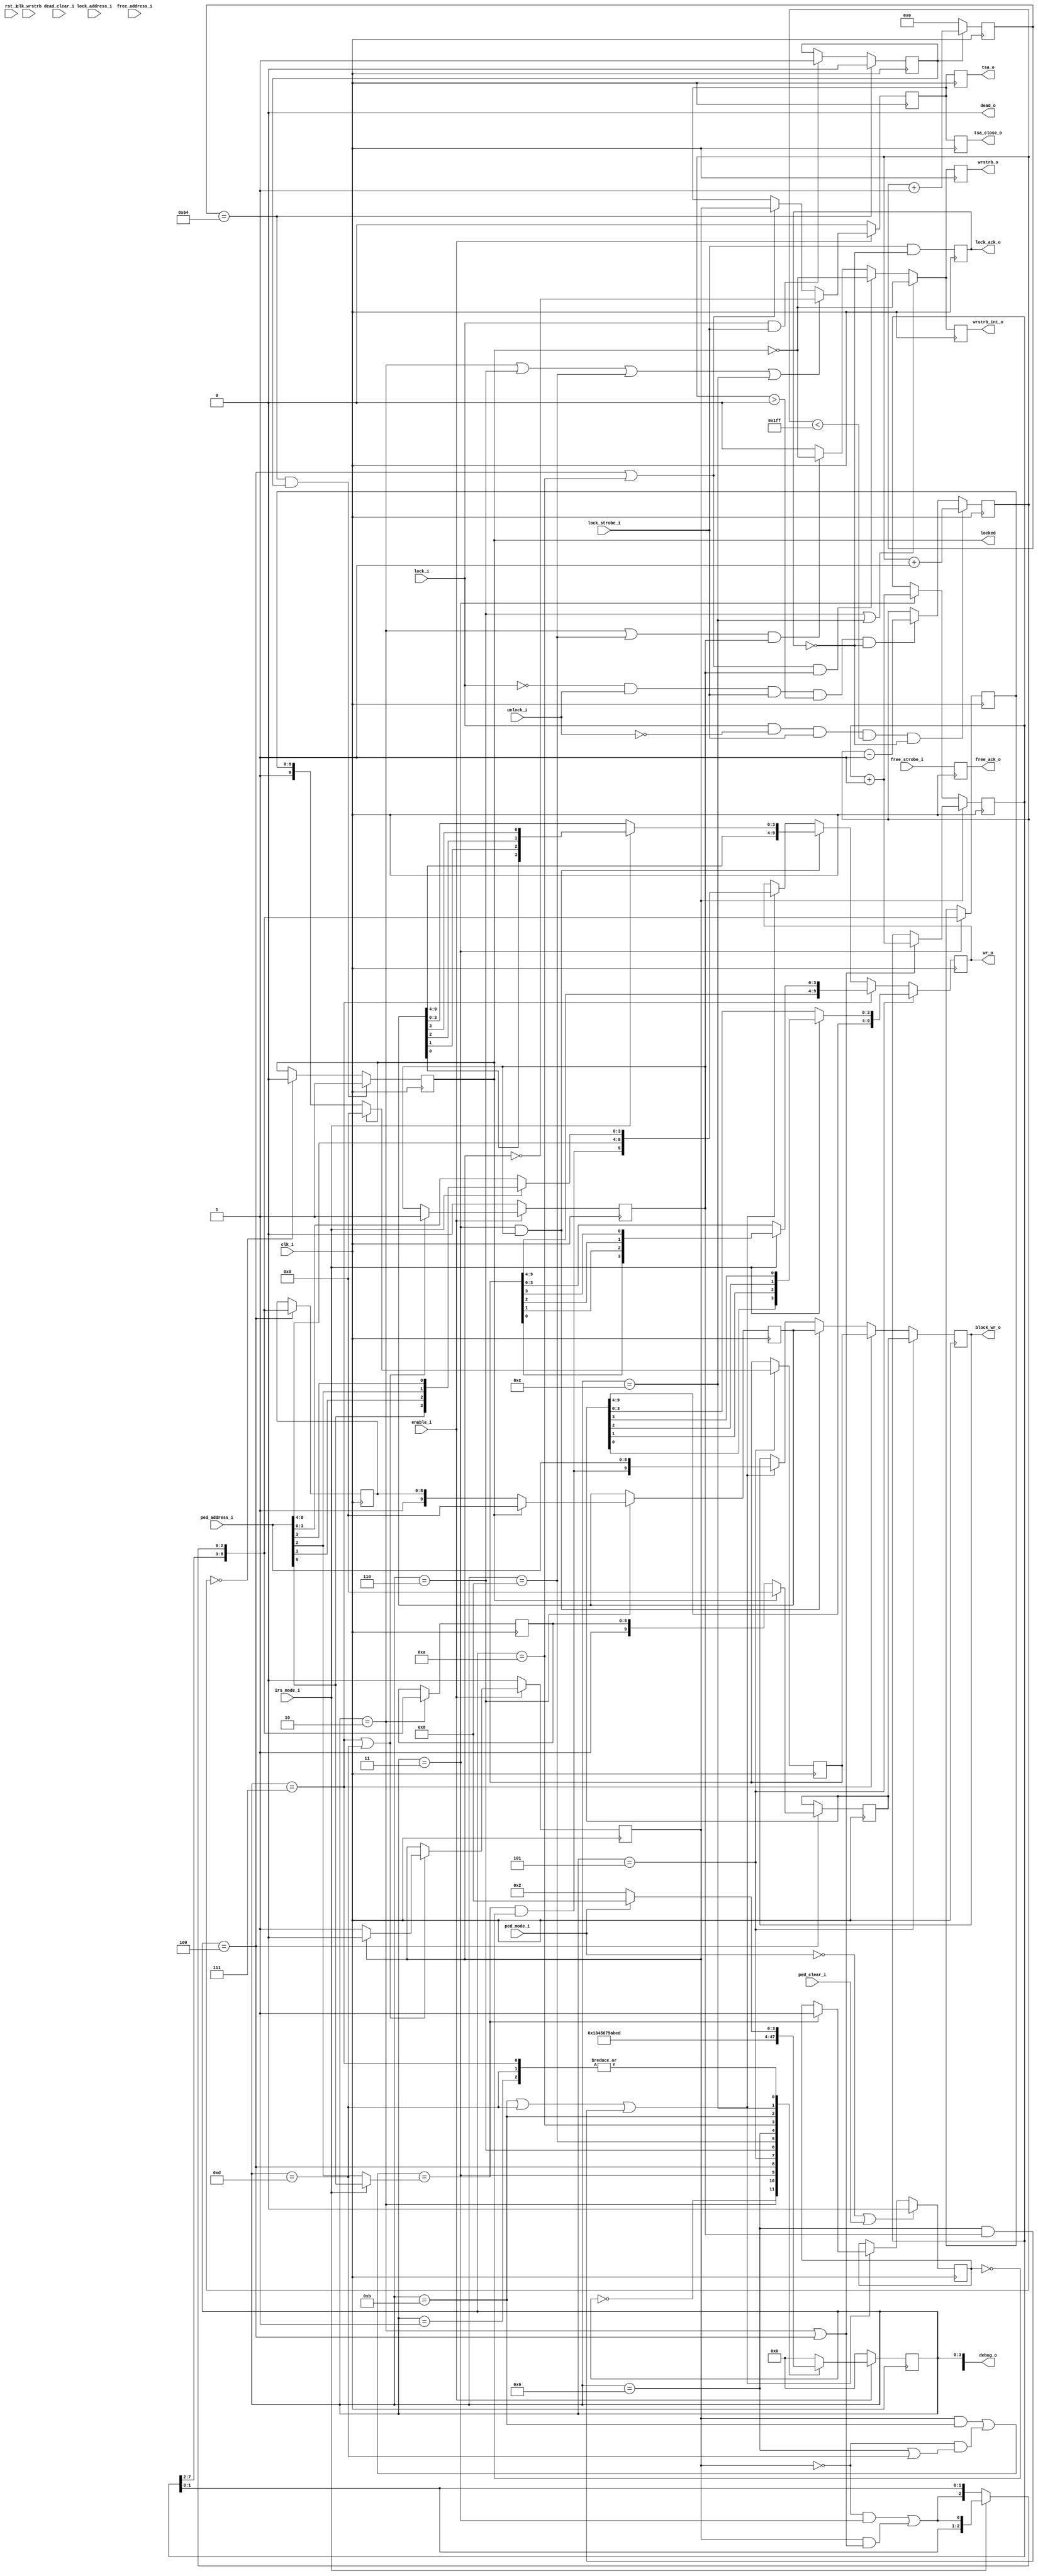
`timescale 1ns / 1ps
//////////////////////////////////////////////////////////////////////////////////
// Dummy block manager. If irs_statistics has the max block lock count to 1,
// this should work fine as a block manager, I think.
//////////////////////////////////////////////////////////////////////////////////
module irs_simple_block_manager(
		// System clock. Should be 4X intended TSA speed (2X intended block write speed)
		input clk_i,
		// Reset.
		input rst_i,
		// wrstrb clock - phase delayed and possibly DC !=50% in a controlled way
		input clk_wrstrb,
		// IRS2 write interface.
		output tsa_o,
		output tsa_close_o,
		// This is the actual block output.
		output [9:0] block_wr_o,
		// These are the actual WR outputs.
		output [9:0] wr_o,
		output wrstrb_o,
		output wrstrb_int_o, //synchronized with clk_i
		// Block locking interface.
		input [8:0] lock_address_i,
		input lock_i,
		input unlock_i, //LM added so that we can take into account
							 //lock and unlock at the same time - note that with a real
							 //manager that physically frees the block there is leakage!
		input lock_strobe_i,
		output lock_ack_o,
		// Block freeing interface.
		input [8:0] free_address_i,
		input free_strobe_i,
		output free_ack_o,
		// IRS2 has at least one dead block. 
		output dead_o,
		// clear dead status
		input dead_clear_i,
		// Enable the block manager.
		input enable_i,
		// Pedestal mode
		input ped_mode_i,
		input [8:0] ped_address_i,
		input ped_clear_i,

		// Sense for DDArD routing or DDArA-C routing
		input irs_mode_i,
		
		output locked,
		output [47:0] debug_o
    );

	//% Registered WR output.
	(* IOB = "TRUE" *)
	reg [9:0] wr = {10{1'b0}};
	//% Block output registers. No DDArD swizzling.
	reg [9:0] block_wr = {10{1'b0}};
	
	//% If 1, we have taken one trip through the state machine. If 0, this is the first time.
	reg first_pass_complete = 0;
	//% Enable for TSA.
	reg tsa_enable = 0;
	//% Registered TSA output.
	(* IOB = "TRUE" *)
	reg tsa = 0;
	//% Registered TSA close output.
	(* IOB = "TRUE" *)
	reg tsa_close = 0;
	//% Registered write strobe output.
	(* IOB = "TRUE" *)
	reg wrstrb = 0;
	reg wrstrb_int = 0;
	//% Temporary block storage
	reg [8:0] tmp_1 = {9{1'b0}};
	//% Temporary block storage
	reg [8:0] tmp_2 = {9{1'b0}};
	//% Temporary block storage
	reg [8:0] tmp_3 = {9{1'b0}};

	//% Simple address counter.
	reg [7:0] address_counter = {8{1'b0}};
	//% Holds the number of clock cycles we're waiting for after a lock request.
	reg [7:0] lock_wait_counter = {8{1'b0}};

	// Buffer is going to lock when we hit LOCK_WAIT_CYCLES
	reg locking_buffer = 0;
	// Buffer is locked
	reg locked_buffer = 0;
	// Number of lock requests that we've seen (number of blocks being read out)
	reg [8:0] locked_block_counter = {9{1'b0}};

	
	//% Pedestal mode: block phase.
	wire ped_phase;
	//% Pedestal mode: the requested block has been read
	reg ped_done = 0;	
	//% Pedestal mode: pedestal enable (actually write the block)
	wire ped_en;

	//% Block that will be issued for the first clock in the 3-block path
	reg [9:0] block_1 = {10{1'b0}};
	//% Block that will be issued for the second clock in the 3-block path
	reg [9:0] block_2 = {10{1'b0}};
	//% Block that will be issued for the third clock in the 3-block path
	reg [9:0] block_3 = {10{1'b0}};

	// Dummy stuff.
	wire free_empty = 0;
	wire [8:0] free_block_head = {9{1'b0}};
	
	
	// Number of cycles to wait after a lock request comes in before we
	// stop sampling.
	localparam LOCK_WAIT_CYCLES = 100; //LM was 200 see if it "moves" 

	always @(posedge clk_i) begin
		if (lock_wait_counter == LOCK_WAIT_CYCLES)
			locking_buffer <= 0;
		else if (lock_i && lock_strobe_i)
			locking_buffer <= 1;
	end
	
	always @(posedge clk_i) begin
//		if (lock_i && lock_strobe_i && locked_block_counter < {9{1'b1}} && !lock_ack_o) // original
		if (lock_i && !unlock_i && lock_strobe_i && locked_block_counter < {9{1'b1}} && !lock_ack_o) //LM changed so simultaneous lock and unlock are counted correctly 
			locked_block_counter <= locked_block_counter + 1;
//		else if ((!lock_i  && lock_strobe_i && locked_block_counter > 0) && !lock_ack_o) // original 
		else if ((!lock_i && unlock_i && lock_strobe_i && locked_block_counter > 0) && !lock_ack_o) //LM changed so simultaneous lock and unlock are counted correctly 
			locked_block_counter <= locked_block_counter - 1;
	end
	
	always @(posedge clk_i) begin
		if (locking_buffer)
			lock_wait_counter <= lock_wait_counter + 1;
		else
			lock_wait_counter <= {8{1'b0}};
	end
	always @(posedge clk_i) begin
		if (lock_wait_counter == LOCK_WAIT_CYCLES && locking_buffer)
			locked_buffer <= 1;
		else if (locked_block_counter == 0)
			locked_buffer <= 0;
	end
	
	reg lock_ack = 0;
	always @(posedge clk_i) lock_ack <= lock_strobe_i && !lock_ack;
	assign lock_ack_o = lock_ack;
	reg free_ack = 0;
	always @(posedge clk_i) free_ack <= free_strobe_i;
	assign free_ack_o = free_ack;
	
	assign dead_o = 0;
	
	wire block_is_locked = 0;
	// in pass 0, not read 1, read 2, not read 3
	// in pass 1, read 1, not read 2, read 3
	wire block_phase;
	
	localparam [3:0] IDLE = 0;			          		//% Not operating. (cb_address = X)
	localparam [3:0] PRIME = 1;							//% Clock 0. (cb_address = active_read_ptr)
	localparam [3:0] READ_1 = 2;							//% Clock 1. (cb_address = active_read_ptr)
	localparam [3:0] READ_2 = 3;							//% Clock 2. (cb_address = active_read_ptr)
	localparam [3:0] CHECK_1_READ_3 = 4;				//% Clock 3. (cb_address = active_read_ptr_C)
	localparam [3:0] CHECK_2 = 5;							//% Clock 4, if block_1 is unlocked. (cb_address = active_read_ptr_B)
	localparam [3:0] CHECK_3 = 6;							//% Clock 5, if block_2 is unlocked. (cb_address = active_read_ptr)
	localparam [3:0] NOP = 7;								//% Clock 6, if block_3 is unlocked. (cb_address = X)
	localparam [3:0] PED_1 = 8; 							//% Clock 1, pedestal mode
	localparam [3:0] PED_2 = 9;							//% Clock 2, pedestal mode
	localparam [3:0] PED_3 = 10;							//% Clock 3, pedestal mode
	localparam [3:0] PED_4 = 11;							//% Clock 4, pedestal mode
	localparam [3:0] PED_5 = 12;							//% Clock 5, pedestal mode
	localparam [3:0] PED_6 = 13;							//% Clock 6, pedestal mode
	reg [3:0] state = IDLE;
	localparam PASS_0 = 0;
	localparam PASS_1 = 1;
	
	//% State machine. Obviously braindead simple.
	always @(posedge clk_i) begin : STATE_LOGIC
		if (!enable_i) state <= IDLE;
		else begin
			case (state)
				IDLE: state <= PRIME;
				PRIME: if (ped_mode_i) state <= PED_1; else state <= READ_1;
				READ_1: state <= READ_2;
				READ_2: state <= CHECK_1_READ_3;
				CHECK_1_READ_3: state <= CHECK_2;
				CHECK_2: state <= CHECK_3;
				CHECK_3: state <= NOP;
				NOP: if (ped_mode_i) state <= PED_1; else state <= READ_1;
				// Pedestal path.
				PED_1: state <= PED_2; //% equivalent of READ_1
				PED_2: state <= PED_3; //% equivalent of READ_2
				PED_3: state <= PED_4; //% equivalent of CHECK_1_READ_3
				PED_4: state <= PED_5; //% equivalent of CHECK_2
				PED_5: state <= PED_6; //% equivalent of CHECK_3
				PED_6: if (!ped_mode_i) state <= READ_1; else state <= PED_1; //% equivalent of NOP
				default: state <= IDLE;
			endcase
		end
	end
	//% A full write cycle is actually two passes through the state machine. This indicates which pass we're on.
	reg pass_number = PASS_0;

	//% We begin in PASS_0 logic, and then each time we are in NOP or PED_6, we switch to PASS_1 logic.
	always @(posedge clk_i) begin : PASS_LOGIC
		if (!enable_i) pass_number <= PASS_0;
		else if (state == NOP || state == PED_6) begin
			if (pass_number == PASS_0) pass_number <= PASS_1;
			else pass_number <= PASS_0;
		end
	end
	
	// Block phase.
	assign block_phase = 
		((pass_number == PASS_0) && (state == READ_2)) || ((pass_number == PASS_1) && (state == READ_1 || state == CHECK_1_READ_3));
	// IRS1-2 use WR[2] as the LSB, so it needs to toggle each phase.
	// IRS3 uses WR[3] as the LSB, so it toggles each phase.
	wire [8:0] cb_block_out_irs12 = {address_counter[7:2],block_phase,address_counter[1:0]};	
	wire [8:0] cb_block_out_irs3 = {address_counter[7:0],block_phase};
	//% Store the block buffer outputs in a temporary register while we check if they're OK.
	always @(posedge clk_i) begin : TMP_LOGIC
		if (state == READ_1)
			tmp_1 <= (irs_mode_i) ? cb_block_out_irs3 : cb_block_out_irs12;
		if (state == READ_2)
			tmp_2 <= (irs_mode_i) ? cb_block_out_irs3 : cb_block_out_irs12;
		if (state == CHECK_1_READ_3)
			tmp_3 <= (irs_mode_i) ? cb_block_out_irs3 : cb_block_out_irs12;
	end

	//% Increment
	always @(posedge clk_i) begin
		if (pass_number == PASS_1) begin
			if (state == READ_1 || state == CHECK_1_READ_3)
				address_counter <= address_counter + 1;
		end else if (pass_number == PASS_0) begin
			if (state == READ_2)
				address_counter <= address_counter + 1;
		end
	end

	//% Decide between the temporary register and the free block head for block 1.
	always @(posedge clk_i) begin : BLOCK_1_LOGIC
		if (state == CHECK_1_READ_3) begin
			if (block_is_locked && !free_empty)
				block_1 <= {1'b1,free_block_head};
			else
		//		block_1 <= {!locked_buffer,tmp_1};
			  if (locked_buffer) 
				block_1 <= {10{1'b0}};
			  else
				block_1 <= {1'b1,tmp_1};
		end
	end
	//% Decide between the temporary register and the free block head for block 2.
	always @(posedge clk_i) begin
		if (state == CHECK_2) begin : BLOCK_2_LOGIC
			if (block_is_locked && !free_empty)
				block_2 <= {1'b1,free_block_head};
			else
	//			block_2 <= {!locked_buffer, tmp_2};
			  if (locked_buffer) 
				block_2 <= {10{1'b0}};
			  else
				block_2 <= {1'b1,tmp_2};
		end
	end
	//% Decide between the temporary register and the free block head for block 3.
	always @(posedge clk_i) begin : BLOCK_3_LOGIC
		if (state == CHECK_3) begin
			if (block_is_locked && !free_empty)
				block_3 <= {1'b1,free_block_head};
			else
		//		block_3 <= {!locked_buffer,tmp_3};
			 if (locked_buffer) 
				block_3 <= {10{1'b0}};
			  else
				block_3 <= {1'b1,tmp_3};
		end
	end

	// END NON-PED_MODE LOGIC
	//% Indicates if the first trip through the state machine has happened yet.
	always @(posedge clk_i) begin : FIRST_PASS_COMPLETE_LOGIC
		if (!enable_i) first_pass_complete <= 0;
		else if (state == NOP || state == PED_6) first_pass_complete <= 1;
	end

	always @(posedge clk_i) begin
		if (!enable_i) tsa_enable <= 0;
		else begin
			if (state == READ_1 || state == CHECK_3 || state == PED_1 || state == PED_5)
				tsa_enable <= !pass_number;
			else if (state == CHECK_1_READ_3 || state == PED_3)
				tsa_enable <= pass_number;
		end
	end
	always @(negedge clk_i) begin
		tsa <= tsa_enable;
	end
	always @(posedge clk_i) begin
		tsa_close <= tsa_enable;
	end
	
	wire [9:0] block_1_remap = {block_1[9:4],block_1[0],block_1[1],block_1[2],block_1[3]};
	wire [9:0] block_2_remap = {block_2[9:4],block_2[0],block_2[1],block_2[2],block_2[3]};
	wire [9:0] block_3_remap = {block_3[9:4],block_3[0],block_3[1],block_3[2],block_3[3]};
	wire [9:0] ped_address_remap = {ped_en,ped_address_i[8:4],ped_address_i[0],ped_address_i[1],ped_address_i[2],ped_address_i[3]};

	//% Actual block output logic.
	always @(posedge clk_i) begin
		if (state == CHECK_2)
			wr <= (irs_mode_i) ? block_1_remap : block_1;
		else if (state == NOP)
			wr <= (irs_mode_i) ? block_2_remap : block_2;
		else if (state == READ_2 && first_pass_complete)
			wr <= (irs_mode_i) ? block_3_remap : block_3;
		else if (state == PED_4 || state == PED_6 || (state == PED_2 && first_pass_complete))
			// The write output is only actually enabled (wr[9] high)
			// if we're in the correct ped_phase
			wr <= (irs_mode_i) ? ped_address_remap : {ped_en,ped_address_i};
	end

	//% Identical logic as before, but no remap. For remainder of logic.
	always @(posedge clk_i) begin
		if (state == CHECK_2)
			block_wr <= block_1;
		else if (state == NOP)
			block_wr <= block_2;
		else if (state == READ_2 && first_pass_complete)
			block_wr <= block_3;
		else if (state == PED_4 || state == PED_6 || (state == PED_2 && first_pass_complete))
			// The write output is only actually enabled (wr[9] high)
			// if we're in the correct ped_phase
			block_wr <= {ped_en,ped_address_i};
	end


	// in pass 0, ped_2 and ped_6 need ped_phase high (ped_4 is low)
	// in pass 1, ped_4 needs ped_phase high
	assign ped_phase = 
		(pass_number == PASS_1 && state == PED_4) || (pass_number == PASS_0 && (state == PED_2 || state == PED_6));

	// This logic only works for the IRS1-2, where address 2 has to map to the phase.
	// For the IRS3, the ped address bit 3 has to map to the phase.
	//assign ped_en = (ped_phase == ped_address_i[2]) && !ped_done;
	wire ped_address_phase_match = (irs_mode_i) ? ped_address_i[0] : ped_address_i[2];
	assign ped_en = (ped_phase == ped_address_phase_match) && !ped_done;

	//% Pedestal mode: ped_done logic
	always @(posedge clk_i) begin
		if (!ped_mode_i || ped_clear_i)
			ped_done <= 0;
		else if (state == PED_4 || state == PED_6 || (state == PED_2 && first_pass_complete))
			if (ped_phase == ped_address_phase_match)
				ped_done <= 1;
	end

	//% Write strobe logic. Mimics write block output logic, but delayed an half cycle.
//	always @(negedge clk_i) begin //LM changed to anticipate write strobe - 
											//make sure it anticipates it and does not delay it
	// This isn't needed if WRSTRB goes straight to an IOB.
	always @(posedge clk_i) begin //LM changed to fine tune write strobe - 
		if (  (state == CHECK_3 || state == PED_5))
	//		wrstrb <= 1;
			wrstrb <= !locked_buffer; //to turn off the strobe as well in case locked
		else if ((state == CHECK_1_READ_3 || state == PED_3) && first_pass_complete)
	//		wrstrb <= 1;
			wrstrb <= !locked_buffer;
		else if ((state == READ_1 || state == PED_1) && first_pass_complete)
	//		wrstrb <= 1;
			wrstrb <= !locked_buffer;
		else
			wrstrb <= 0;
	end
	
	always @(negedge clk_i) begin //LM added to generate "proper" wrstrb for internal purposes
		if (  (state == CHECK_3 || state == PED_5))
			wrstrb_int <= !locked_buffer; //to turn off the strobe as well in case locked
		else if ((state == CHECK_1_READ_3 || state == PED_3) && first_pass_complete)
			wrstrb_int <= !locked_buffer;
		else if ((state == READ_1 || state == PED_1) && first_pass_complete)
			wrstrb_int <= !locked_buffer;
		else
			wrstrb_int <= 0;
	end
	
	assign locked = locked_buffer;

	// The DDA rev D accidentally remapped the WR bits such that
	// WR[0] -> WR[3]
	// WR[1] -> WR[2]
	// WR[2] -> WR[1]
	// WR[3] -> WR[0]
	// So we unscramble them here.
	// NOOOOOO this makes it MONUMENTALLY slow.
	// Better to register it 'wrong' in wr.
	// wire [9:0] wr_remap = { wr[9:4], wr[0], wr[1], wr[2], wr[3] };
	assign block_wr_o = block_wr;
	assign wr_o = wr;
	assign tsa_o = tsa;
	assign tsa_close_o = tsa_close;
	assign wrstrb_o = wrstrb;
	assign wrstrb_int_o = wrstrb_int;
	assign debug_locked = locked_buffer;
		assign  debug_o[3:0] = state;
endmodule